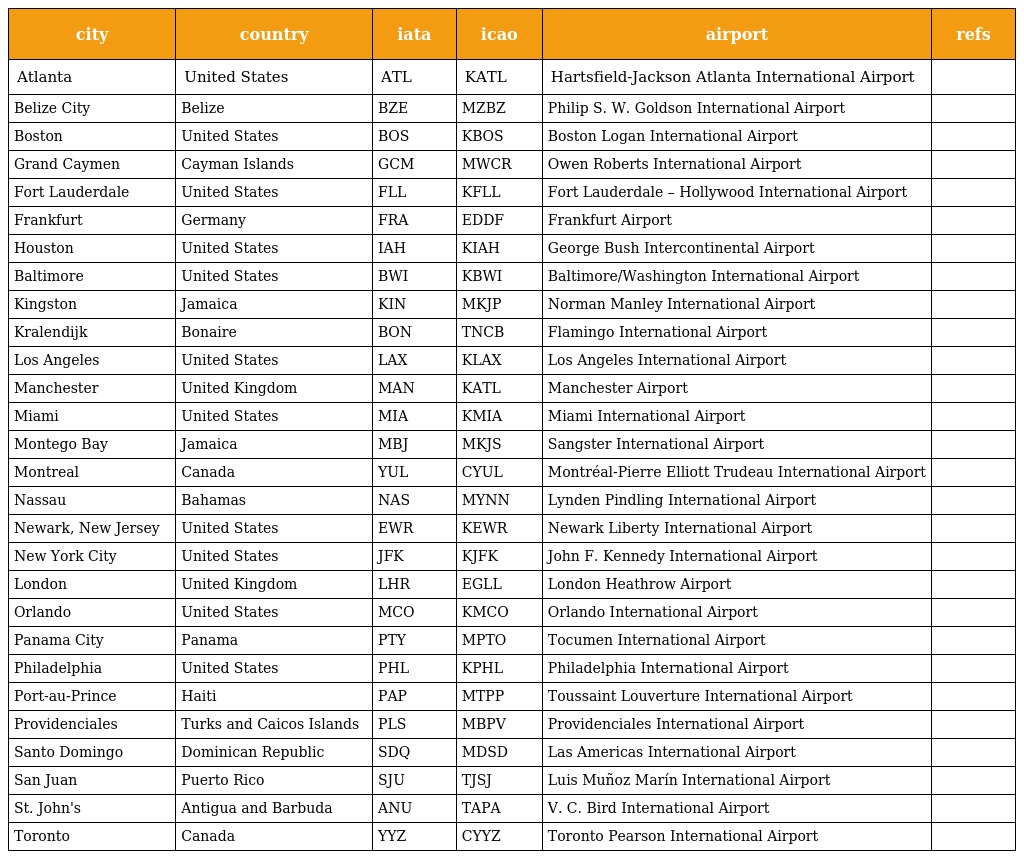
| city | country | iata | icao | airport | refs |
 | --- | --- | --- | --- | --- | --- |
 | Atlanta | United States | ATL | KATL | Hartsfield-Jackson Atlanta International Airport |  |
 | Belize City | Belize | BZE | MZBZ | Philip S. W. Goldson International Airport |  |
 | Boston | United States | BOS | KBOS | Boston Logan International Airport |  |
 | Grand Caymen | Cayman Islands | GCM | MWCR | Owen Roberts International Airport |  |
 | Fort Lauderdale | United States | FLL | KFLL | Fort Lauderdale – Hollywood International Airport |  |
 | Frankfurt | Germany | FRA | EDDF | Frankfurt Airport |  |
 | Houston | United States | IAH | KIAH | George Bush Intercontinental Airport |  |
 | Baltimore | United States | BWI | KBWI | Baltimore/Washington International Airport |  |
 | Kingston | Jamaica | KIN | MKJP | Norman Manley International Airport |  |
 | Kralendijk | Bonaire | BON | TNCB | Flamingo International Airport |  |
 | Los Angeles | United States | LAX | KLAX | Los Angeles International Airport |  |
 | Manchester | United Kingdom | MAN | KATL | Manchester Airport |  |
 | Miami | United States | MIA | KMIA | Miami International Airport |  |
 | Montego Bay | Jamaica | MBJ | MKJS | Sangster International Airport |  |
 | Montreal | Canada | YUL | CYUL | Montréal-Pierre Elliott Trudeau International Airport |  |
 | Nassau | Bahamas | NAS | MYNN | Lynden Pindling International Airport |  |
 | Newark, New Jersey | United States | EWR | KEWR | Newark Liberty International Airport |  |
 | New York City | United States | JFK | KJFK | John F. Kennedy International Airport |  |
 | London | United Kingdom | LHR | EGLL | London Heathrow Airport |  |
 | Orlando | United States | MCO | KMCO | Orlando International Airport |  |
 | Panama City | Panama | PTY | MPTO | Tocumen International Airport |  |
 | Philadelphia | United States | PHL | KPHL | Philadelphia International Airport |  |
 | Port-au-Prince | Haiti | PAP | MTPP | Toussaint Louverture International Airport |  |
 | Providenciales | Turks and Caicos Islands | PLS | MBPV | Providenciales International Airport |  |
 | Santo Domingo | Dominican Republic | SDQ | MDSD | Las Americas International Airport |  |
 | San Juan | Puerto Rico | SJU | TJSJ | Luis Muñoz Marín International Airport |  |
 | St. John's | Antigua and Barbuda | ANU | TAPA | V. C. Bird International Airport |  |
 | Toronto | Canada | YYZ | CYYZ | Toronto Pearson International Airport |  |